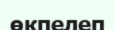
өкпелеп